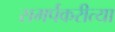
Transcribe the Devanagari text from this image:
समर्पकरीत्या